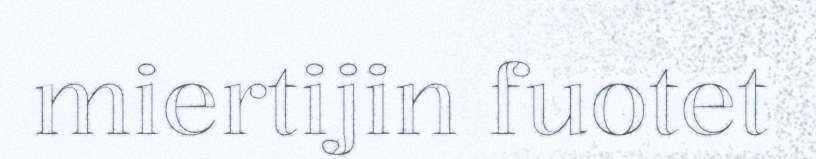
miertijin fuotet